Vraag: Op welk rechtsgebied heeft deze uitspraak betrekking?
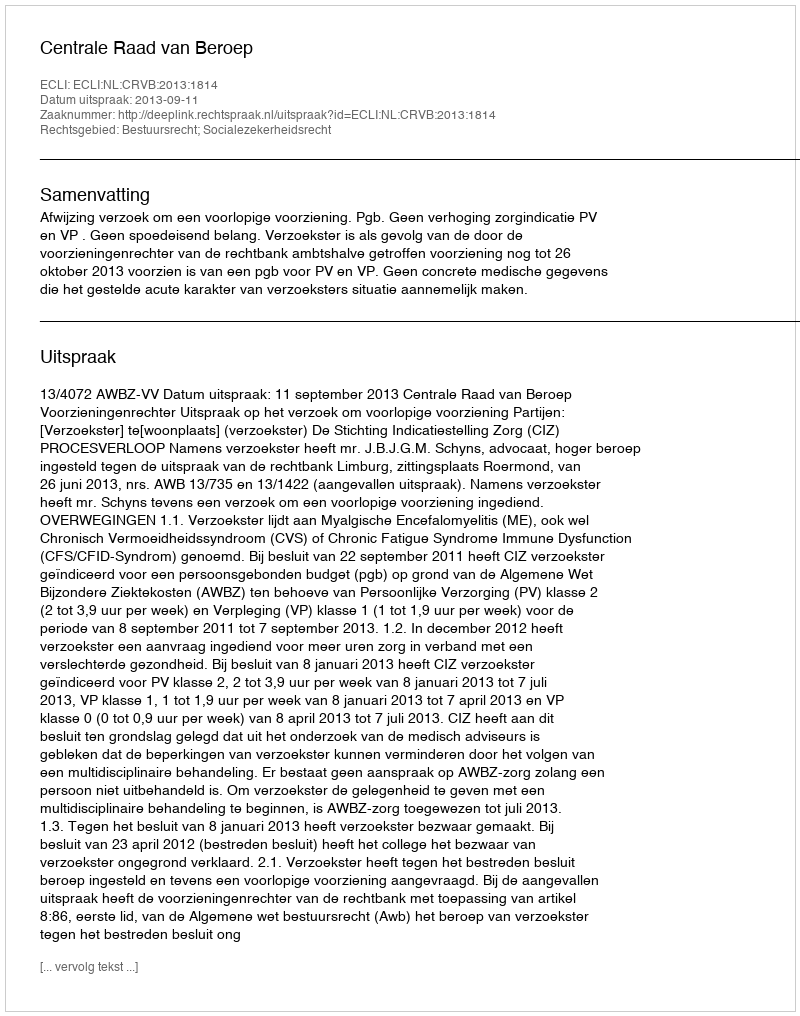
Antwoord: Bestuursrecht; Socialezekerheidsrecht